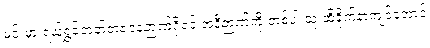
မင်းမှာ ရယ်ရွှင်တတ်တဲ့ဇဝနဉာဏ်ရှိရင် အဲဒီဉာဏ်ကို တစ်ပါးသူ ထိခိုက်နာကျင်အောင်